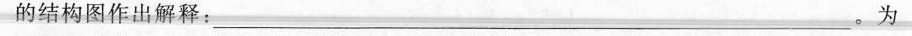
的结构图作出解释：___。为